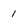
Character: 1